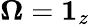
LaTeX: \boldsymbol{\Omega}=\boldsymbol{1}_{z}